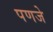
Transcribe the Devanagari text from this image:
पणजे